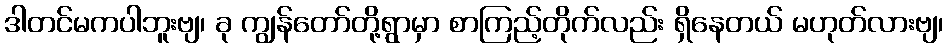
ဒါတင်မကပါဘူးဗျ၊ ခု ကျွန်တော်တို့ရွာမှာ စာကြည့်တိုက်လည်း ရှိနေတယ် မဟုတ်လားဗျ၊